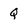
Character: Q